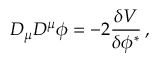
{ \cal D } _ { \mu } { \cal D } ^ { \mu } \phi = - 2 { \frac { \delta V } { \delta \phi ^ { * } } } \, ,